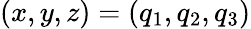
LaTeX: (x,y,z)=(q_{1},q_{2},q_{3})